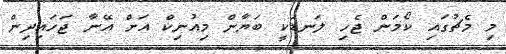
މި މެޗުގައި ކޯމަން ޖެހި ލަނޑަކީ ބަޔާން މިއުނިކް އަށް އޭނާ ޖަހައިދިން